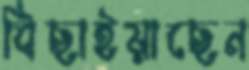
বিছাইয়াছেন